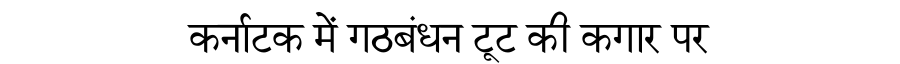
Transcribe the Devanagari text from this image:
कर्नाटक में गठबंधन टूट की कगार पर